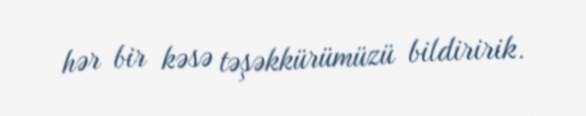
hər bir kəsə təşəkkürümüzü bildiririk.